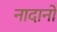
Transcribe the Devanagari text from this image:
नादानों